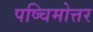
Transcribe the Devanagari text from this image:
पष्चिमोत्तर